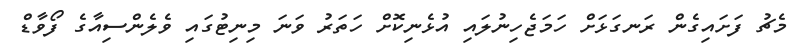
މެޗު ފަށައިގެން ރަނގަޅަށް ހަމަޖެހިނުލައި އުޅެނިކޮށް ހަތަރު ވަނަ މިނިޓުގައި ވެލެންސިއާގެ ފޯވާޑް